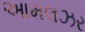
આમલઝર